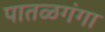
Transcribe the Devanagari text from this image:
पातळगंगा